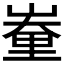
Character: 𨤪